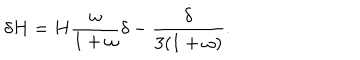
LaTeX: \delta H = H \frac { \omega } { 1 + \omega } \delta - \frac { \dot { \delta } } { 3 ( 1 + \omega ) } .